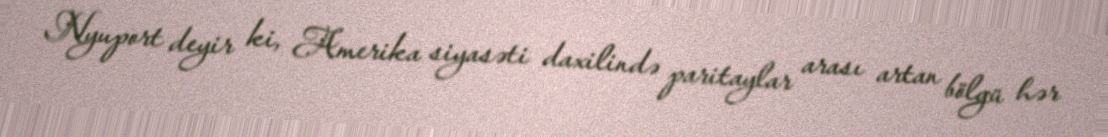
Nyuport deyir ki, Amerika siyasəti daxilində paritaylar arası artan bölgü hər